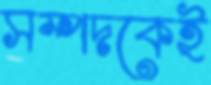
সম্পদকেই